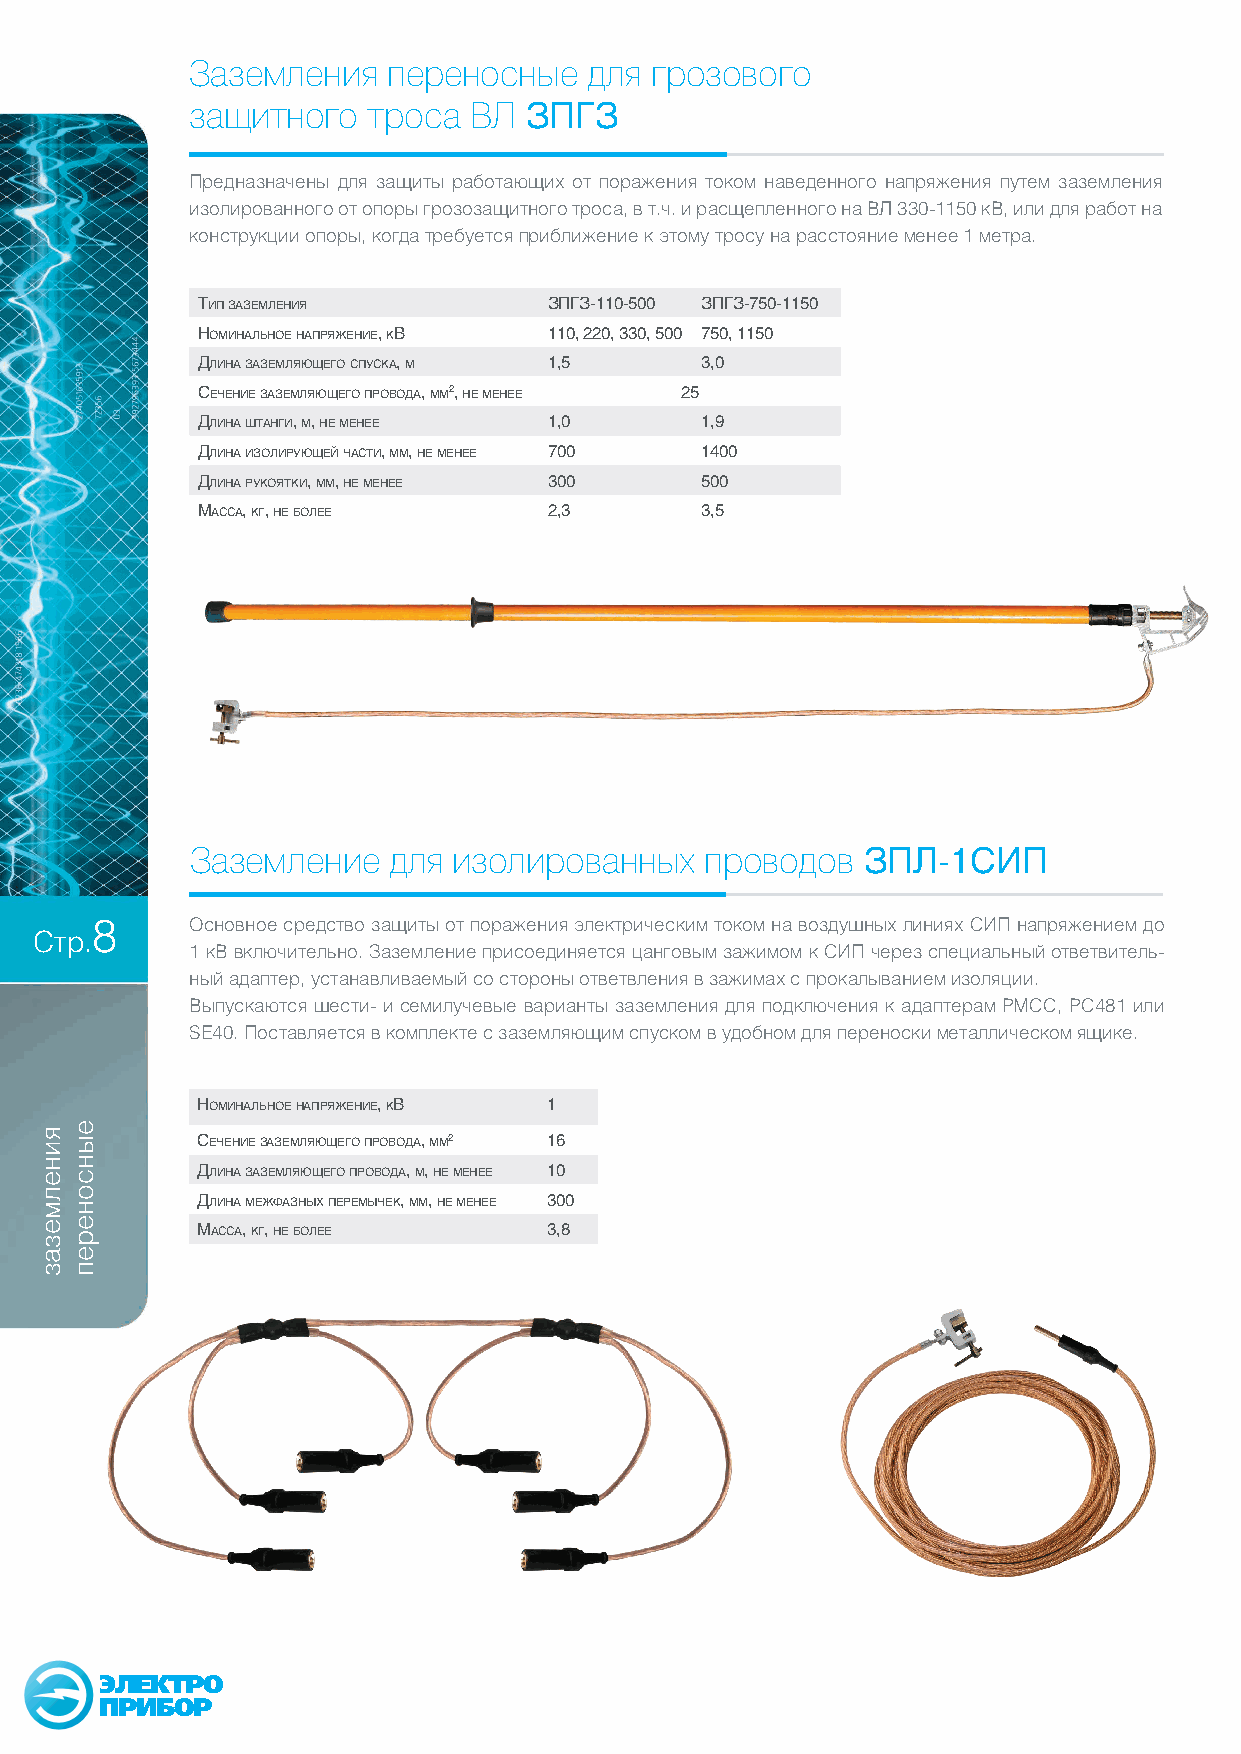
Заземления   переносные   для грозового
 защитного  троса  ВЛ  ЗПГЗ
 Предназначены для защиты работающих от поражения током наведенного напряжения путем заземления
 изолированного от опоры грозозащитного троса, в т.ч. и расщепленного на ВЛ 330-1150 кВ, или для работ на
 конструкции опоры, когда требуется приближение к этому тросу на расстояние менее 1 метра.
 Тип заземления         зпгз-110-500 зпгз-750-1150
 номинальное напряжение, кВ 110, 220, 330, 500 750, 1150
 Длина заземляющего спуска, м 1,5 3,0
 сечение заземляющего проВоДа, мм2, не менее 25
 Длина шТанги, м, не менее 1,0    1,9
 Длина изолирующей часТи, мм, не менее 700 1400
 Длина рукояТки, мм, не менее 300 500
 масса, кг, не более    2,3       3,5
 Заземление   для изолированных    проводов  ЗПЛ-1СИП
 8      Основное средство защиты от поражения электрическим током на воздушных линиях СИП напряжением до
 Стр.
 1 кВ включительно. Заземление присоединяется цанговым зажимом к СИП через специальный ответвитель-
 ный адаптер, устанавливаемый со стороны ответвления в зажимах с прокалыванием изоляции.
 Выпускаются шести- и семилучевые варианты заземления для подключения к адаптерам PMCC, PC481 или
 SE40. Поставляется в комплекте с заземляющим спуском в удобном для переноски металлическом ящике.
 номинальное напряжение, кВ 1
 сечение заземляющего проВоДа, мм2 16
 Длина заземляющего проВоДа, м, не менее 10
 Длина межфазных перемычек, мм, не менее 300
 масса, кг, не более    3,8
 ЭЛЕКТРО
 ПРИБОР
 яинелмезаз
 еынсонереп